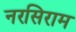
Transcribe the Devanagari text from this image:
नरसिराम